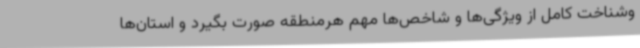
وشناخت کامل از ویژگی‌ها و شاخص‌ها مهم هرمنطقه صورت بگیرد و استان‌ها